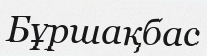
Бұршақбас